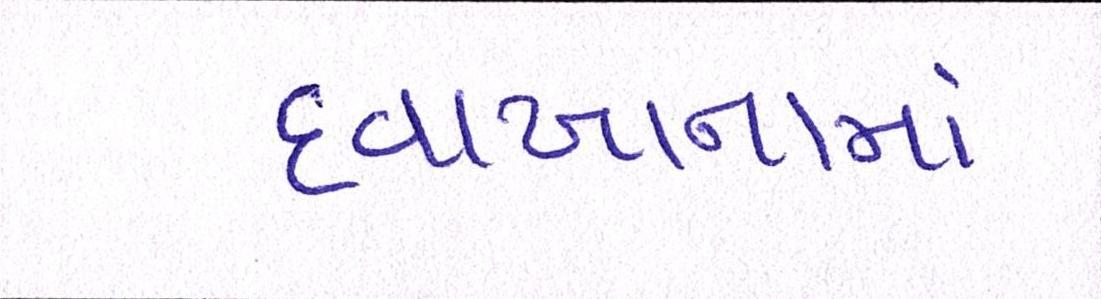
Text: દવાખાનામાં